画像に写った文字を読んでください
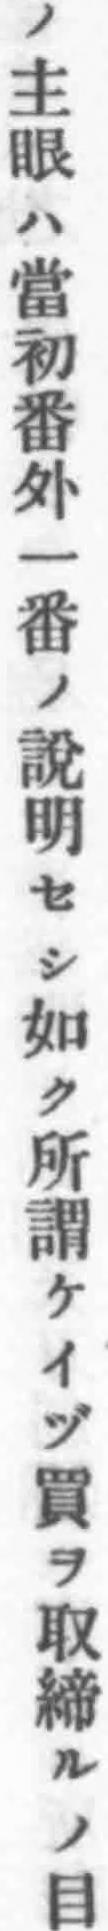
「ノ主眼ハ當初番外一番ノ說明セシ如ク所謂ケイヅ買ヲ取締ルノ目」と書いてあります